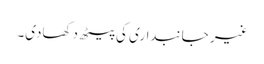
غیر جانبداری کی پیٹھ دکھادی۔